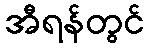
အီရန်တွင်